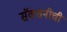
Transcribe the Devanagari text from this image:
सॅक्सनीची